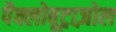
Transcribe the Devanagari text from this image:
पैक्लोबूट्राज़ोल